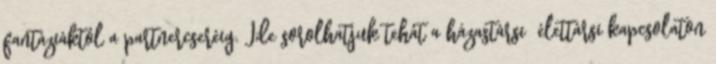
fantáziáktól a partnercseréig. Ide sorolhatjuk tehát a házastársi élettársi kapcsolaton